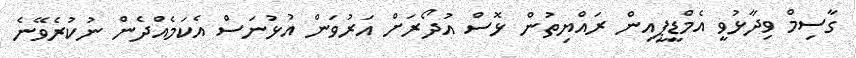
ގާސިމް ވިދާޅުވީ އެމްޑީޕީއިން ރައްޔިތުން ޅޮސް އުދޯރަށް އަރުވަން އުޅުނަސް އެކަމެއްދެން ނުކުރެވޭނެ